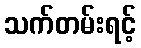
သက်တမ်းရင့်